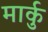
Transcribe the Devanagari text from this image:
मार्कु